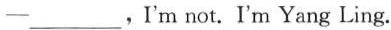
——___，I'm not. I'm Yang Ling.